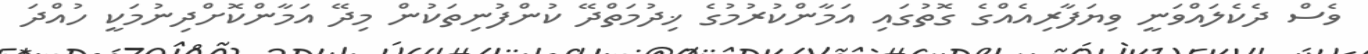
ވެސް ދެކެލައްވަނީ ވިޔަފާރިއެއްގެ ގޮތުގައި އަމާންކުރުމުގެ ޚިދުމަތްދޭ ކުންފުނިތަކުން މިދޭ އަމާންކޮށްދިނުމަކީ ހުއްދަ